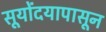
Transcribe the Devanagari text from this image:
सूयोंदयापासून